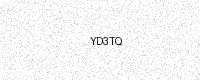
Text: YD3TQ